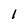
Character: l